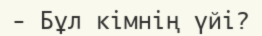
-	Бұл кімнің үйі?